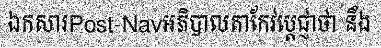
ឯកសារPost-Navអភិបាលតាកែវប្តេជ្ញាថា នឹង